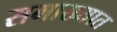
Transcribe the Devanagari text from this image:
समाख्यात